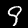
Digit: 9